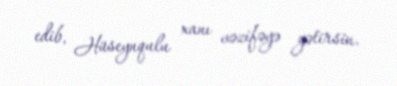
edib, Hüseynqulu xanı vəzifəyə gətirsin.